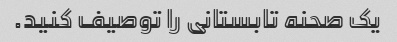
یک صحنه تابستانی را توصیف کنید.